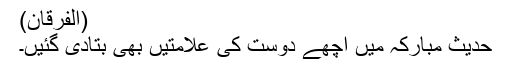
(الفرقان)
حدیثِ مبارکہ میں اچھے دوست کی علامتیں بھی بتادی گئیں۔